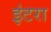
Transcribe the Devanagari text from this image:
इंटरा